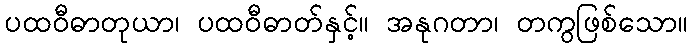
ပထဝီဓာတုယာ၊ ပထဝီဓာတ်နှင့်။ အနုဂတာ၊ တကွဖြစ်သော။